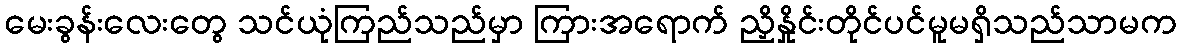
မေးခွန်းလေးတွေ သင်ယုံကြည်သည်မှာ ကြားအရောက် ညှိနှိုင်းတိုင်ပင်မူမရှိသည်သာမက